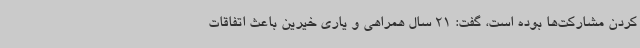
کردن مشارکت‌ها بوده است، گفت: 21 سال همراهی و یاری خیرین باعث اتفاقات